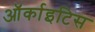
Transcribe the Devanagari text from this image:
ऑर्काइटिस